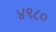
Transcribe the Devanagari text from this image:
४९८०